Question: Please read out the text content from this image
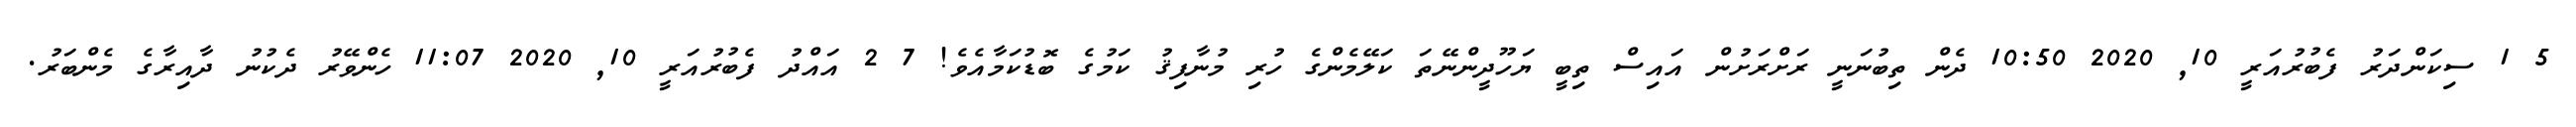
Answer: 5 1 ސިކަންދަރު ފެބުރުއަރީ 10, 2020 10:50 ދެން ތިބުނަނީ ރަށްރަށުން އައިސް ތިބީ ޔަހޫދީންނޭތަ ކަލޭމެންގެ ހުރި މުނާފިޤު ކަމުގެ ބޮޑުކަމާއެވެ! 7 2 އައްދު ފެބުރުއަރީ 10, 2020 11:07 ހެންވޭރު ދެކުނު ދާއިރާގެ މެންބަރު.